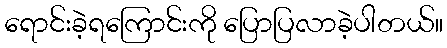
ရောင်းခဲ့ရကြောင်းကို ပြောပြလာခဲ့ပါတယ်။